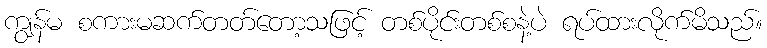
ကျွန်မ စကားမဆက်တတ်တော့သဖြင့် တစ်ပိုင်းတစ်စနဲ့ပဲ ရပ်ထားလိုက်မိသည်။